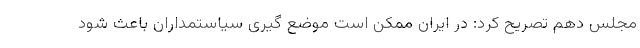
مجلس دهم تصریح کرد: در ایران ممکن است موضع گیری سیاستمداران باعث شود